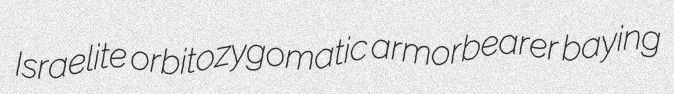
Israelite orbitozygomatic armorbearer baying